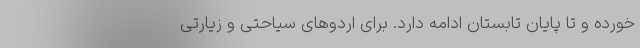
خورده و تا پایان تابستان ادامه دارد. برای اردوهای سیاحتی و زیارتی